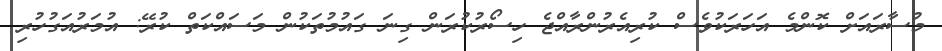
މުސާރައަށް ކޮންމެ އަހަރަކުވެސް ކުރިއެރުންރާއްޖެ ހިސޯރުކުރަން ގިނަ ގައުމުތަކުން މަސައްކަތް ކުރޭ: އުމަރުއަގުހުރި